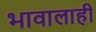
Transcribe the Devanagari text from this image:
भावालाही